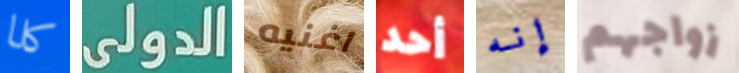
كلا الدولى اغنيه أحد إنه زواجهم